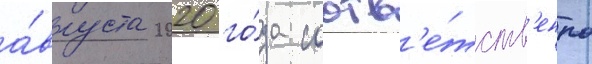
а́вгуста 2020 го́да соотв'е́тств'енно